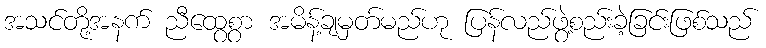
အသင်တို့အနက် ညီထွေစွာ အမိန့်ချမှတ်မည်ဟု ပြန်လည်ဖွဲ့စည်းခဲ့ခြင်းဖြစ်သည်